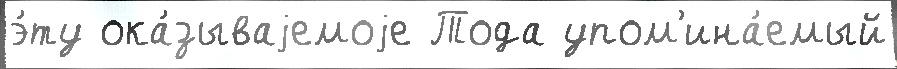
э́ту ока́зываjемоjе Тода упом'ина́емый